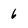
Character: 6